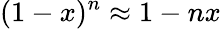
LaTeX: (1-x)^{n}\approx{1-nx}